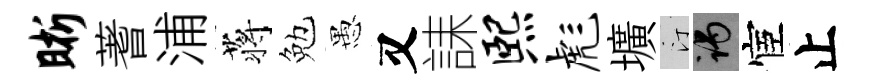
晰蓍浦蒋勉愚又誄熙彪壙汀谒宦止